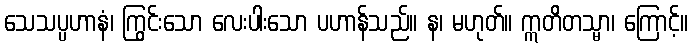
သေသပ္ပဟာနံ၊ ကြွင်းသော လေးပါးသော ပဟာန်သည်။ န၊ မဟုတ်။ ဣတိတသ္မာ၊ ကြောင့်။